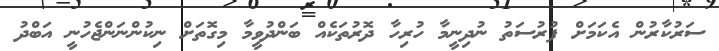
ސަރުކާރުން އެކަމަށް ފުރުސަތު ނުދިނީމާ ހުރިހާ ދޮރުތަކެއް ބަންދުވީމާ މިގޮތަށް ނިކުންނަންޖެހުނީ އަބްދު